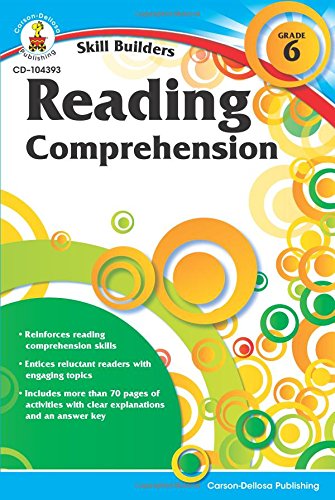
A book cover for Reading Comprehension, Grade 6 (Skill Builders); Children's Books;